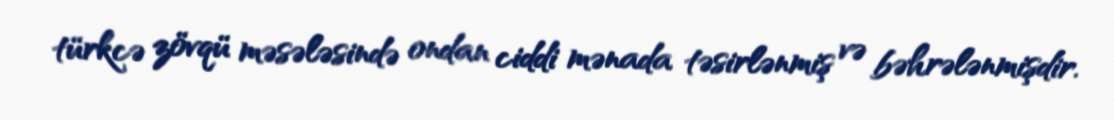
türkcə zövqü məsələsində ondan ciddi mənada təsirlənmiş və bəhrələnmişdir.